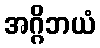
အဂ္ဂိဘယံ